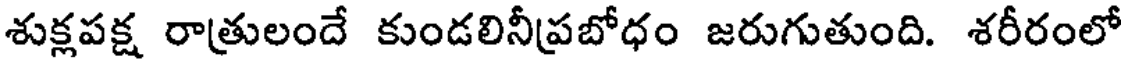
శుక్లపక్ష రాత్రులందే కుండలినీప్రబోధం జరుగుతుంది. శరీరంలో